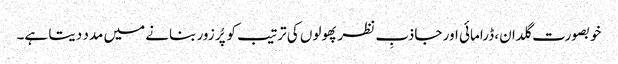
خوبصورت گلدان، ڈرامائی اور جاذبِ نظر پھولوں کی ترتیب کو پُر زور بنانے میں مدد دیتا ہے۔